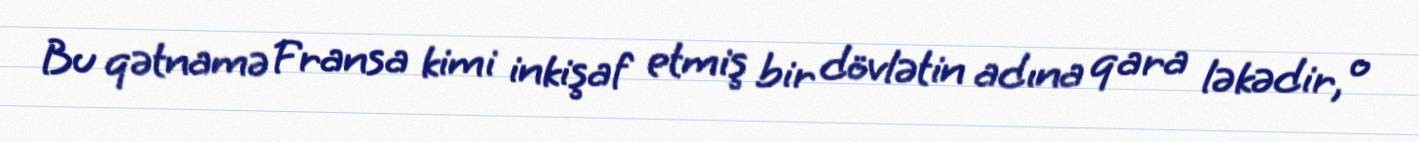
Bu qətnamə Fransa kimi inkişaf etmiş bir dövlətin adına qara ləkədir, o